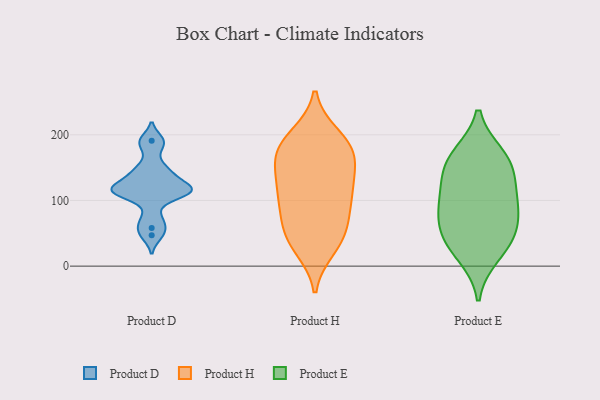
{"axis": {"x": "Backlog", "y": "Value"}, "legend": ["Product D", "Product E", "Product H"], "data": [{"x": "", "y": 58, "type": "Product D"}, {"x": "", "y": 74, "type": "Product D"}, {"x": "", "y": 116, "type": "Product D"}, {"x": "", "y": 142, "type": "Product D"}, {"x": "", "y": 186, "type": "Product D"}, {"x": "", "y": 152, "type": "Product D"}, {"x": "", "y": 47, "type": "Product D"}, {"x": "", "y": 112, "type": "Product D"}, {"x": "", "y": 116, "type": "Product D"}, {"x": "", "y": 191, "type": "Product D"}, {"x": "", "y": 134, "type": "Product D"}, {"x": "", "y": 113, "type": "Product D"}, {"x": "", "y": 112, "type": "Product D"}, {"x": "", "y": 118, "type": "Product D"}, {"x": "", "y": 170, "type": "Product H"}, {"x": "", "y": 73, "type": "Product H"}, {"x": "", "y": 164, "type": "Product H"}, {"x": "", "y": 198, "type": "Product H"}, {"x": "", "y": 123, "type": "Product H"}, {"x": "", "y": 162, "type": "Product H"}, {"x": "", "y": 131, "type": "Product H"}, {"x": "", "y": 46, "type": "Product H"}, {"x": "", "y": 78, "type": "Product H"}, {"x": "", "y": 28, "type": "Product H"}, {"x": "", "y": 116, "type": "Product H"}, {"x": "", "y": 193, "type": "Product H"}, {"x": "", "y": 36, "type": "Product H"}, {"x": "", "y": 168, "type": "Product H"}, {"x": "", "y": 47, "type": "Product H"}, {"x": "", "y": 102, "type": "Product H"}, {"x": "", "y": 187, "type": "Product H"}, {"x": "", "y": 105, "type": "Product H"}, {"x": "", "y": 161, "type": "Product E"}, {"x": "", "y": 52, "type": "Product E"}, {"x": "", "y": 17, "type": "Product E"}, {"x": "", "y": 86, "type": "Product E"}, {"x": "", "y": 168, "type": "Product E"}, {"x": "", "y": 95, "type": "Product E"}, {"x": "", "y": 102, "type": "Product E"}, {"x": "", "y": 35, "type": "Product E"}, {"x": "", "y": 155, "type": "Product E"}, {"x": "", "y": 131, "type": "Product E"}, {"x": "", "y": 55, "type": "Product E"}]}